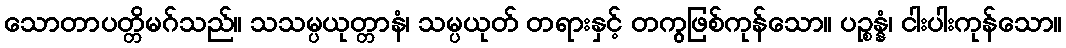
သောတာပတ္တိမဂ်သည်။ သသမ္ပယုတ္တာနံ၊ သမ္ပယုတ် တရားနှင့် တကွဖြစ်ကုန်သော။ ပဉ္စန္နံ၊ ငါးပါးကုန်သော။